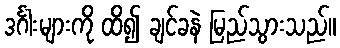
ဒင်္ဂါးများကို ထိ၍ ချင်ခနဲ မြည်သွားသည်။